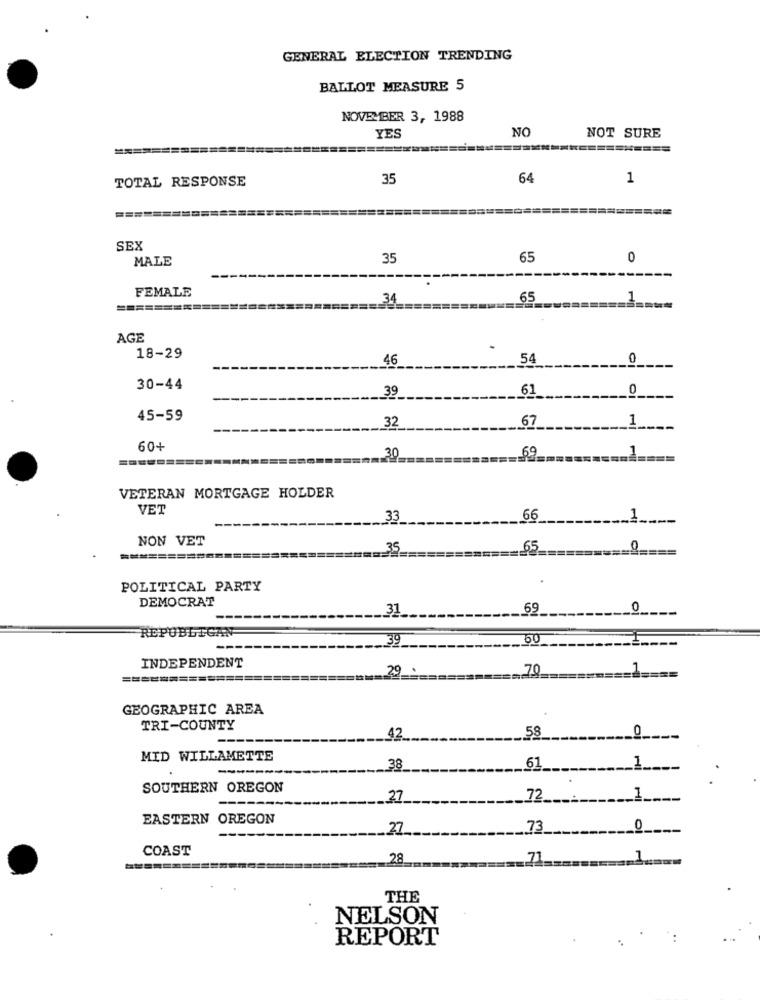
GENERAL ELECTION TRENDING
BALLOT MEASURE 5
NOVEMBER 3, 1988
NO
YES
NOT SURE
TOTAL RESPONSE
35
64
1
===========
SEX
MALE
35
65
0
FEMALE
65
_1.
AGE
18-29
46
54
0
30-44
39
61
0
45-59
32
67
1
60+
69
1
VETERAN MORTGAGE HOLDER
VET
33
66
NON VET
65
===========
POLITICAL PARTY
DEMOCRAT
31
69
0
REPUBLICAN
39
60
INDEPENDENT
29
70
GEOGRAPHIC AREA
TRI-COUNTY
42
58
MID WILLAMETTE
38
61
SOUTHERN OREGON
27
72
EASTERN OREGON
27
73
0
COAST
28
.71 _.
THE
NELSON
REPORT